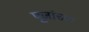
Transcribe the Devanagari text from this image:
पूजांच्या